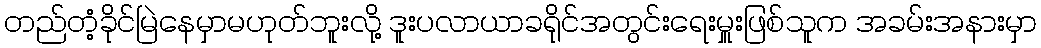
တည်တံ့ခိုင်မြဲနေမှာမဟုတ်ဘူးလို့ ဒူးပလာယာခရိုင်အတွင်းရေးမှူးဖြစ်သူက အခမ်းအနားမှာ